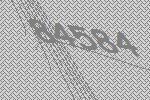
84584